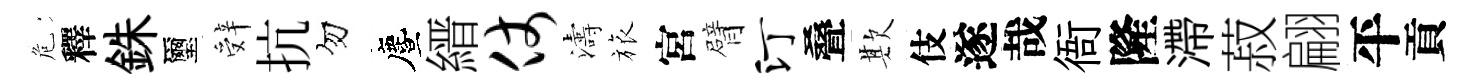
危釋銖璽辤抗勿󵨌縉仗濤旅宮臂汀叠欺伎遂哉衙隆滯菽翩平貢